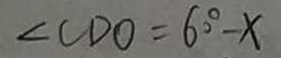
\angle C D O = 6 0 ^ { \circ } - x